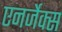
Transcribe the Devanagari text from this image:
एनर्जेक्स